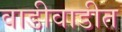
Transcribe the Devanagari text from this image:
वाडीवाडीत